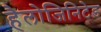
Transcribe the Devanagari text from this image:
हैलोजिनिटेड